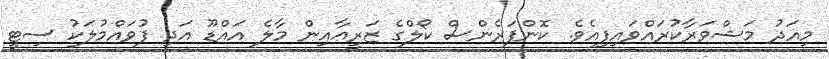
މިއަދު މަޝްވަރާކުރައްވައިފިއެވެ. ކޮންފަރެންސް ކޯލްގެ ޒަރީޢާއިން މާލެ އައްޑޫ އަދި ފުވައްމުލަކު ސިޓީ